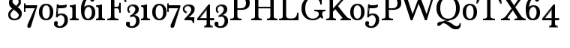
8705161F3107243PHLGK05PWQ0TX64